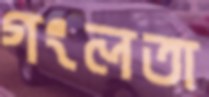
গংলতা